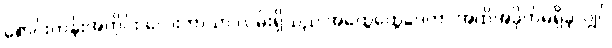
စောင်းတန်းအတိုင်း လေးဘာသာ လမ်းရှိသည် အထွေထွေဒေတာ အထိအခိုက်မရှိခဲ့လျှင်